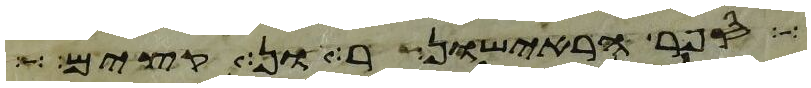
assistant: ברית ראישונים אשר הוצאתי